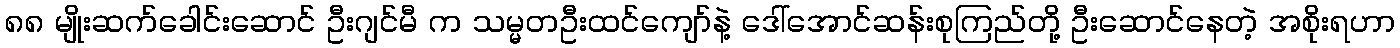
၈၈ မျိုးဆက်ခေါင်းဆောင် ဦးဂျင်မီ က သမ္မတဦးထင်ကျော်နဲ့ ဒေါ်အောင်ဆန်းစုကြည်တို့ ဦးဆောင်နေတဲ့ အစိုးရဟာ